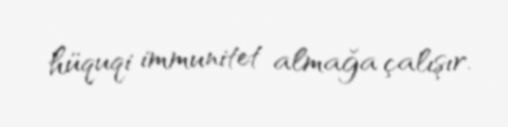
hüquqi immunitet almağa çalışır.